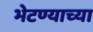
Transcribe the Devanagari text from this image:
भेटण्याच्या